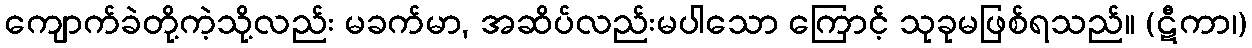
ကျောက်ခဲတို့ကဲ့သို့လည်း မခက်မာ, အဆိပ်လည်းမပါသော ကြောင့် သုခုမဖြစ်ရသည်။ (ဋီကာ၊)